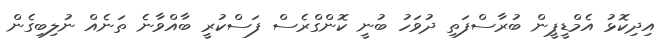
އިދިކޮޅު އެމްޑީޕީން ބުރާސްފަތި ދުވަހު ބުނީ ކޮންގްރެސް ފަސްކުރީ ބާއްވާނެ ތަނެއް ނުލިބިގެން